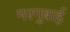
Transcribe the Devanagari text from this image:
मरगुबाई